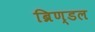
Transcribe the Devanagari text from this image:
ब्रिण्डल